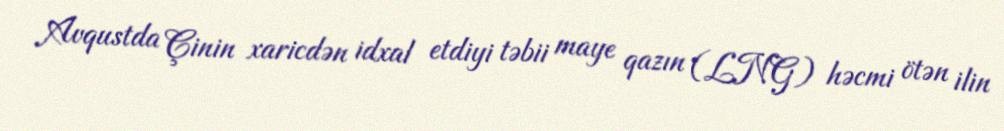
Avqustda Çinin xaricdən idxal etdiyi təbii maye qazın (LNG) həcmi ötən ilin